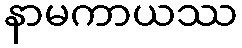
နာမကာယဿ